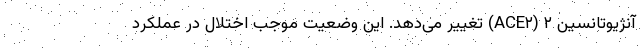
آنژیوتانسین ۲ (ACE۲) تغییر می‌دهد. این وضعیت موجب اختلال در عملکرد